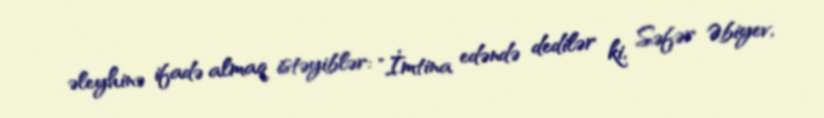
əleyhinə ifadə almaq istəyiblər: "İmtina edəndə dedilər ki, Səfər Əbiyev,